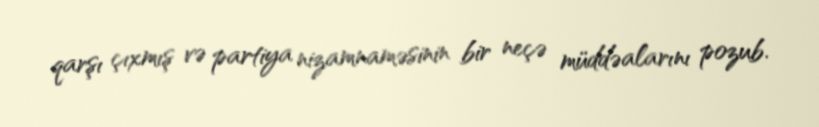
qarşı çıxmış və partiya nizamnaməsinin bir neçə müddəalarını pozub.